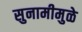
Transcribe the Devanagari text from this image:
सुनामीमुळे